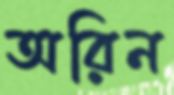
অরিন